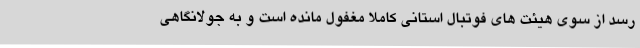
رسد از سوی هیئت های فوتبال استانی کاملا مغفول مانده است و به جولانگاهی